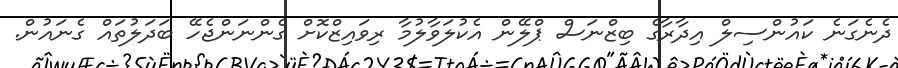
ދެނެގަނެ ކައުންސިލް އިދާރާގެ ބިޒްނަސް ޕްލޭން އެކުލަވާލުމާ ރިވައިޒްކޮށް ގެންނަންޖެހޭ ބަދަލުތައް ގެނައުން.